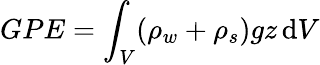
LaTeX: GPE=\int_{V}(\rho_{w}+\rho_{s})gz\, \mathrm{d}V